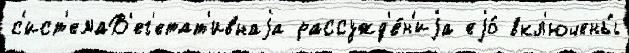
с'ист'емаВ'ег'етат'ивнаjа рассужд'е́н'иjа еjо́ вкл'ючены́